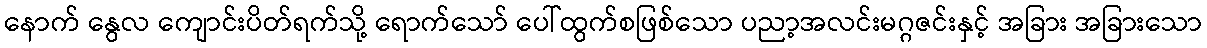
နောက် နွေလ ကျောင်းပိတ်ရက်သို့ ရောက်သော် ပေါ်ထွက်စဖြစ်သော ပညာ့အလင်းမဂ္ဂဇင်းနှင့် အခြား အခြားသော